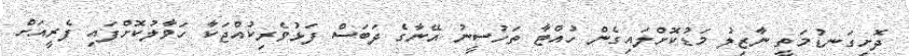
ދޮށިގަނޑުމަތީ ނާޒިލު މަޑުކޮށްލައިގެން ހުއްޓާ ތަހުސީނު އޭނާގެ ދަބަސް ފަޅުވެރިކުއްޖަކާ ހަވާލުކޮށްފައި ފެރީއަށް